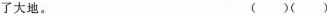
了大地。 ( )( )